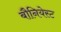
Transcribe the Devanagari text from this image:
बौनियेस्ट